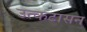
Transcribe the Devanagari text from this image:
उत्कटासन